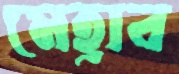
মেহ্রাব